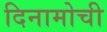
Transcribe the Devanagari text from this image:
दिनामोची